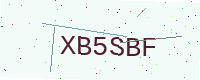
Text: XB5SBF